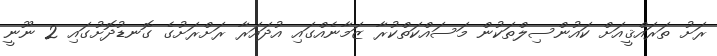
ރަށު ތަރައްޤީއަށް ކައުންސިލްތަކުން މަސައްކަތްކުރާ ޒަމާނެއްގައި އުދައަރާ ރަށްރަށުގެ ގޮނޑުދޮށުގައި 2 ނޫނީ